Indian journal of veterinary science and animal husbandry - Volume 14,
Year: 1944
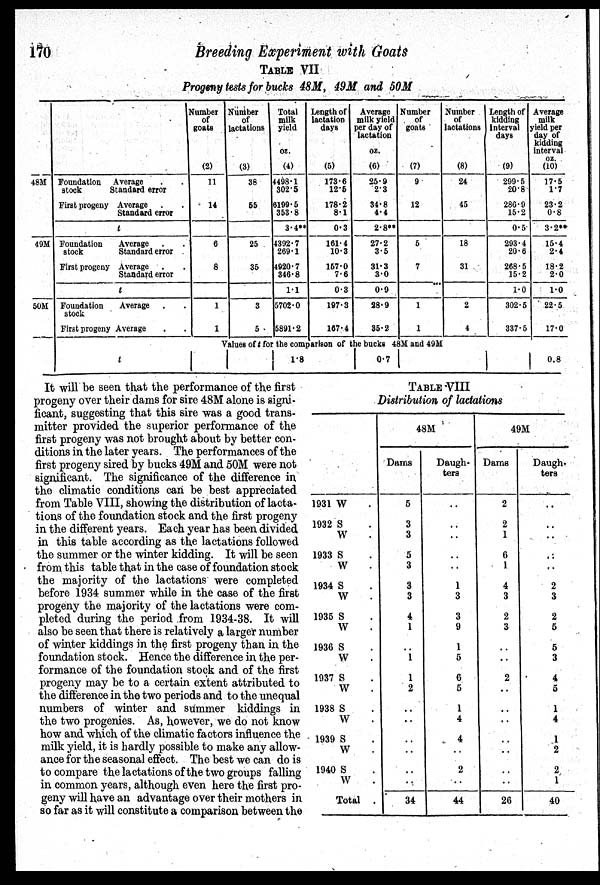
170
Breeding Experiment with Goats
TABLE VII
Progeny tests for bucks 48M, 49M and 50M
48M
49M
50M
Foundation
stock
First progeny
Foundation
stock
First progeny
Foundation
stock
First progeny
Average . .
Standard error
Average . .
Standard error
t
Average . .
Standard error
Average . .
Standard error
t
Average . .
Average . .
t
Number
of
goats
(2)
11
14
6
8
1
1
Number
of
lactations
(3)
38
55
25
35
3
5
Total
milk
yield
oz.
(4)
4498.1
302.5
6199.5
353.8
3.4**
4392.7
269.1
4920.7
346.8
1.1
5702.0
5891.2
Length of
lactation
days
(5)
173.6
12.5
178.2
8.1
0.3
161.4
10.3
157.0
7.6
0.3
197.3
167.4
Average
milk yield
per day of
lactation
oz.
(6)
25.9
2.3
34.8
4.4
2.8**
27.2
3.5
31.3
3.0
0.9
28.9
35.2
Number
of
goats
(7)
9
12
5
7
...
1
1
Values of t for the comparison of the bucks 48M and 49M
1.8
0.7
Number
of
lactations
(8)
24
45
18
31
2
4
Length of
kidding
Interval
days
(9)
299.5
20.8
286.9
15.2
0.5
293.4
20.6
268.5
15.2
1.0
302.5
337.5
Average
milk
yield per
day of
kidding
interval
oz.
(10)
17.5
1.7
23.2
0.8
3.2**
15.4
2.4
18.2
2.0
1.0
22.5
17.0
0.8
It will be seen that the performance of the first
progeny over their dams for sire 48M alone is signi-
ficant, suggesting that this sire was a good trans-
mitter provided the superior performance of the
first progeny was not brought about by better con-
ditions in the later years. The performances of the
first progeny sired by bucks 49M and 50M were not
significant. The significance of the difference in
the climatic conditions can be best appreciated
from Table VIII, showing the distribution of lacta-
tions of the foundation stock and the first progeny
in the different years. Each year has been divided
in this table according as the lactations followed
the summer or the winter kidding. It will be seen
from this table that in the case of foundation stock
the majority of the lactations were completed
before 1934 summer while in the case of the first
progeny the majority of the lactations were com-
pleted during the period from 1934-38. It will
also be seen that there is relatively a larger number
of winter kiddings in the first progeny than in the
foundation stock. Hence the difference in the per-
formance of the foundation stock and of the first
progeny may be to a certain extent attributed to
the difference in the two periods and to the unequal
numbers of winter and summer kiddings in
the two progenies. As, however, we do not know
how and which of the climatic factors influence the
milk yield, it is hardly possible to make any allow-
ance for the seasonal effect. The best we can do is
to compare the lactations of the two groups falling
in common years, although even here the first pro-
geny will have an advantage over their mothers in
so far as it will constitute a comparison between the
TABLE VIII
Distribution of lactations
1931
1932
1933
1934
1935
1936
1937
1938
1939
1940
W.
S .
W .
S .
W .
S .
W .
S .
W .
S .
W .
S .
W .
S .
W .
S .
W .
S .
W .
Total .
48M
Dams
5
3
3
5
3
3
3
4
1
..
1
1
2
..
..
..
..
..
..
34
Daugh-
ters
..
..
..
..
..
1
3
3
9
1
5
6
5
1
4
4
..
2
..
44
49M
Dams
2
2
1
6
1
4
3
2
3
..
..
2
..
..
..
..
..
..
..
26
Daugh-
ters
..
..
..
..
..
2
3
2
5
5
3
4
5
1
4
1
2
2
1
40